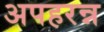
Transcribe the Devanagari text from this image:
अपहरन्न